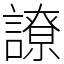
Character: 䜍